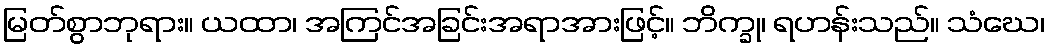
မြတ်စွာဘုရား။ ယထာ၊ အကြင်အခြင်းအရာအားဖြင့်။ ဘိက္ခု၊ ရဟန်းသည်။ သံဃေ၊